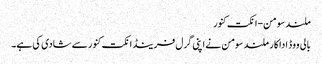
ملند سومن-انکت کنور
بالی ووڈ اداکار ملند سومن نے اپنی گرل فرینڈ انکت کنور سے شادی کی ہے۔